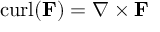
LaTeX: \operatorname { c u r l } ( \mathbf { F } ) = \nabla \times \mathbf { F }